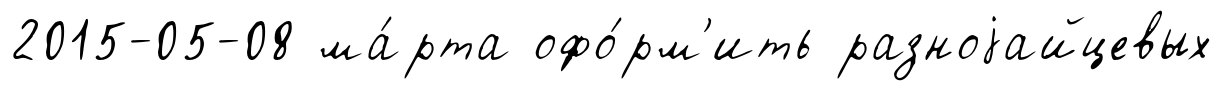
2015-05-08 ма́рта офо́рм'ить разноjайцевых